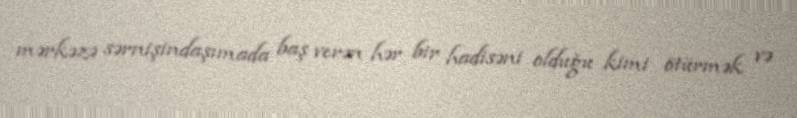
mərkəzə sərnişindaşımada baş verən hər bir hadisəni olduğu kimi ötürmək və